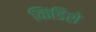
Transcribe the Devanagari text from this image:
किंडिशे